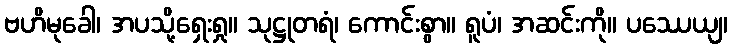
ဗဟိမုခေါ၊ အပသို့ရှေးရှု။ သုဋ္ဌုတရံ၊ ကောင်းစွာ။ ရူပံ၊ အဆင်းကို။ ပဿေယျ၊